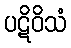
ပဋိဝိသံ